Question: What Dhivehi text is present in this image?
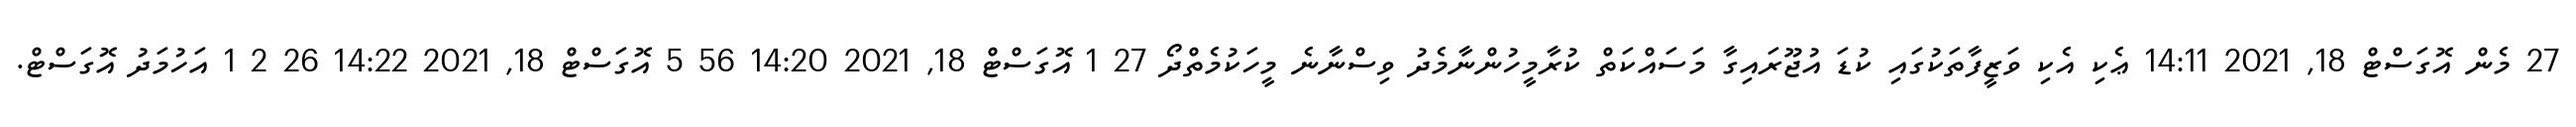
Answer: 27 މެން އޮގަސްޓް 18, 2021 14:11 ޢެކި އެކި ވަޒީފާތަކުގައި ކުޑަ އުޖޫރައިގާ މަސައްކަތް ކުރާމީހުންނާމެދު ވިސްނާނެ މީހަކުމެތްދޯ 27 1 އޮގަސްޓް 18, 2021 14:20 56 5 އޮގަސްޓް 18, 2021 14:22 26 2 1 އަހުމަދު އޮގަސްޓް.